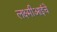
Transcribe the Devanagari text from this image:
लक्ष्मीआईचे